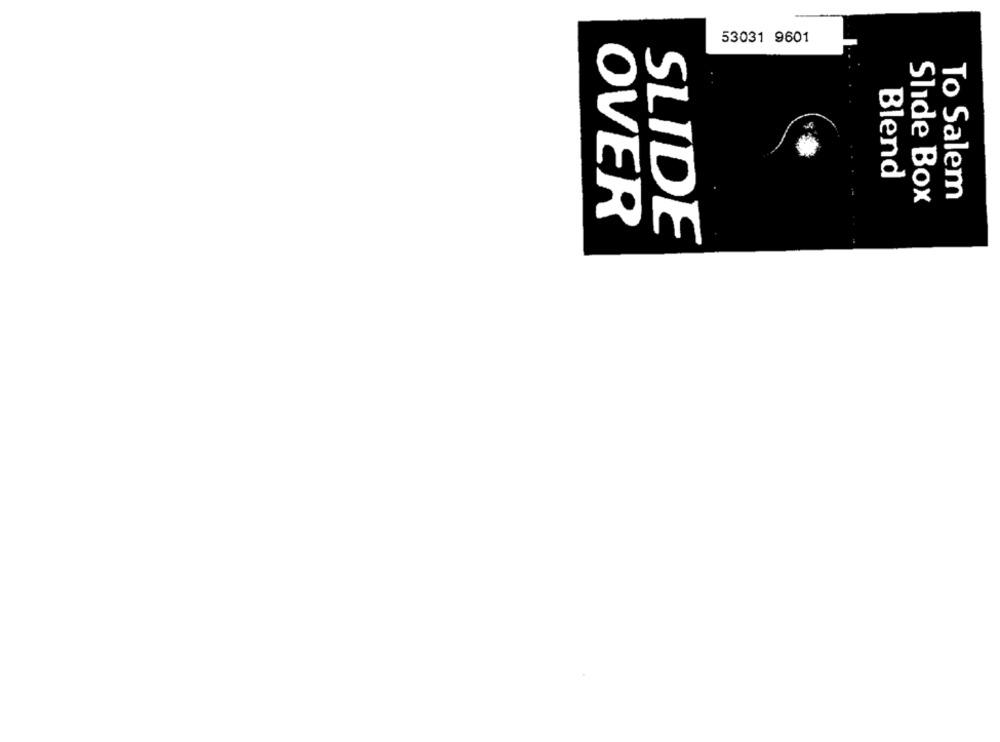
53031 9601
Blend
To Salem
Slide Box
OVER
SLIDE